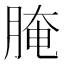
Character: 腌